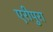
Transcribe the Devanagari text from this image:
एरीपुरा